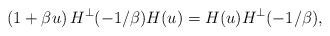
LaTeX: \begin{align*}\left(1+{\beta}{u}\right)H^{\perp}(-1/\beta) H(u)=H(u)H^{\perp}(-1/\beta),\end{align*}